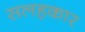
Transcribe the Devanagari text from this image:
सलहकार